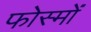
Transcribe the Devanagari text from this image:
फोस्मों